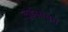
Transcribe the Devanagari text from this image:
लुईसोबत